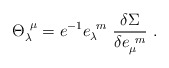
\begin{align*}{\Theta }_\lambda ^{~\mu }= e^{-1} e_\lambda ^{~m}~\frac {\delta\Sigma}{\delta e_\mu ^{~m}}\,\,. \end{align*}